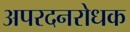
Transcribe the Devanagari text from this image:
अपरदनरोधक